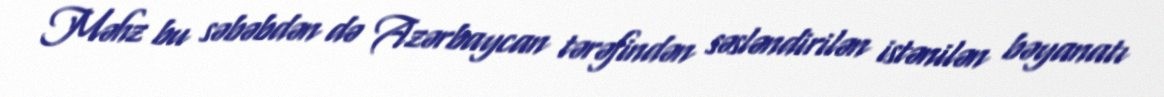
Məhz bu səbəbdən də Azərbaycan tərəfindən səsləndirilən istənilən bəyanatı